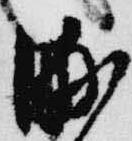
浦